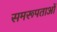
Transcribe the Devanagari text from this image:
समरूपताओं